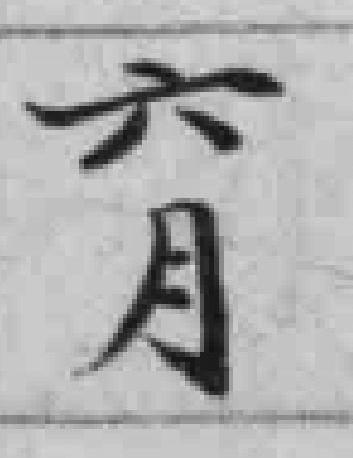
六月